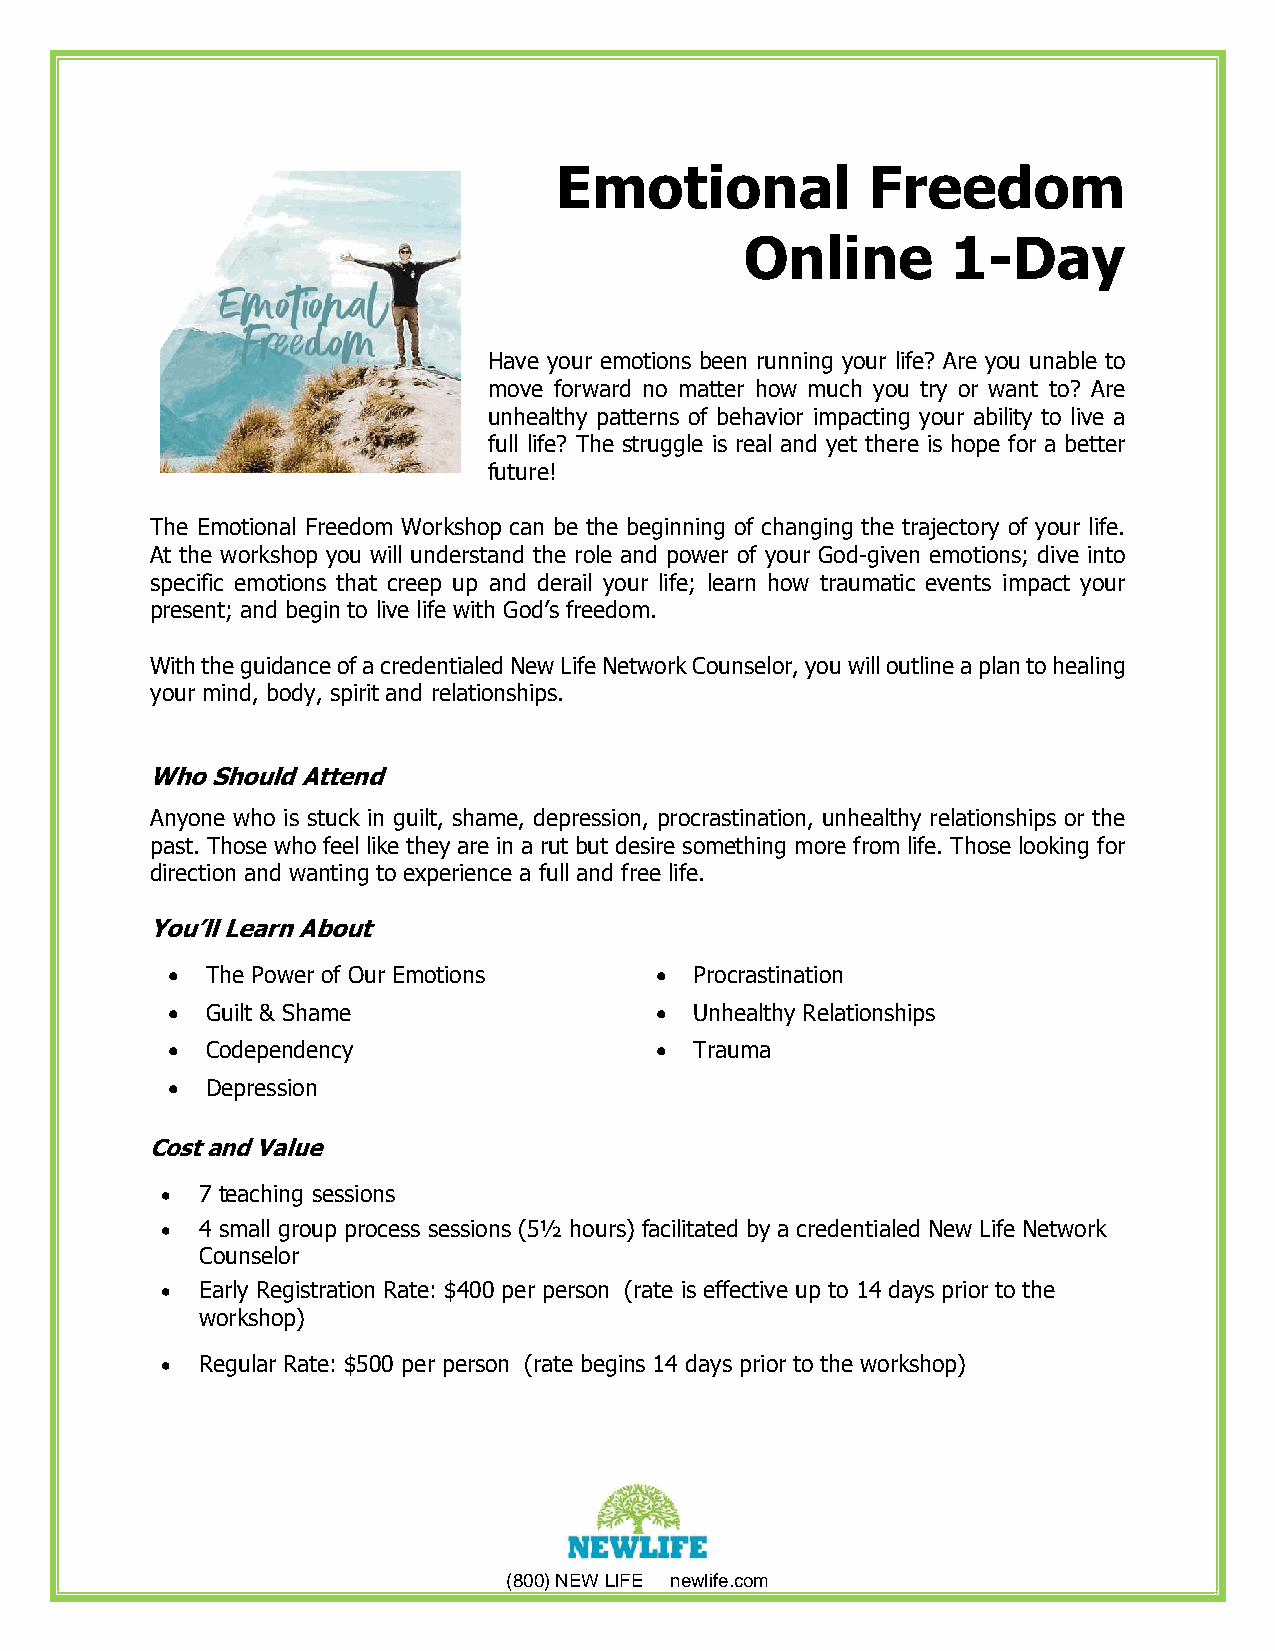
Emotional           Freedom
 Online        1-Day
 Have your emotions been running your life? Are you unable to
 move forward no matter how much you try or want to? Are
 unhealthy patterns of behavior impacting your ability to live a
 full life? The struggle is real and yet there is hope for a better
 future!
 The Emotional Freedom Workshop can be the beginning of changing the trajectory of your life.
 At the workshop you will understand the role and power of your God-given emotions; dive into
 specific emotions that creep up and derail your life; learn how traumatic events impact your
 present; and begin to live life with God’s freedom.
 With the guidance of a credentialed New Life Network Counselor, you will outline a plan to healing
 your mind, body, spirit and relationships.
 Who Should Attend
 Anyone who is stuck in guilt, shame, depression, procrastination, unhealthy relationships or the
 past. Those who feel like they are in a rut but desire something more from life. Those looking for
 direction and wanting to experience a full and free life.
 You’ll Learn About
   The Power of Our Emotions      Procrastination
   Guilt & Shame                  Unhealthy Relationships
   Codependency                   Trauma
   Depression
 Cost and Value
  7 teaching sessions
  4 small group process sessions (5½ hours) facilitated by a credentialed New Life Network
 Counselor
  Early Registration Rate: $400 per person (rate is effective up to 14 days prior to the
 workshop)
  Regular Rate: $500 per person (rate begins 14 days prior to the workshop)
 (800) NEW LIFE newlife.com